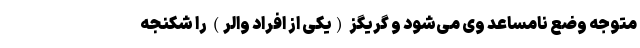
متوجه وضع نامساعد وی می‌شود و گریگز (یکی از افراد والر) را شکنجه